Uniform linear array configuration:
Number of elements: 64
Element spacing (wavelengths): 0.75
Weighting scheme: binomial
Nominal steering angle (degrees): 45
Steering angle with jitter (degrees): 43.259
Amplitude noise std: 0.05
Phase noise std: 0.05

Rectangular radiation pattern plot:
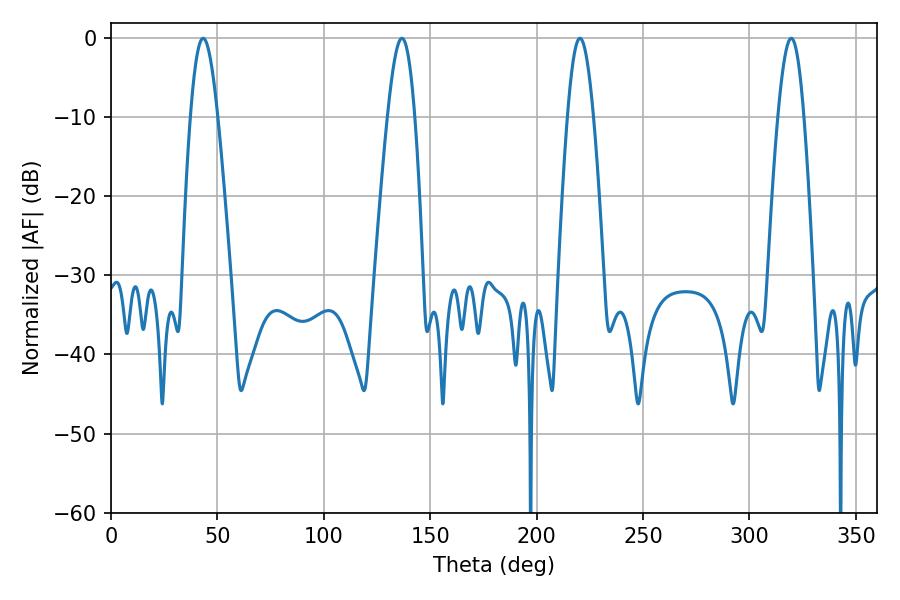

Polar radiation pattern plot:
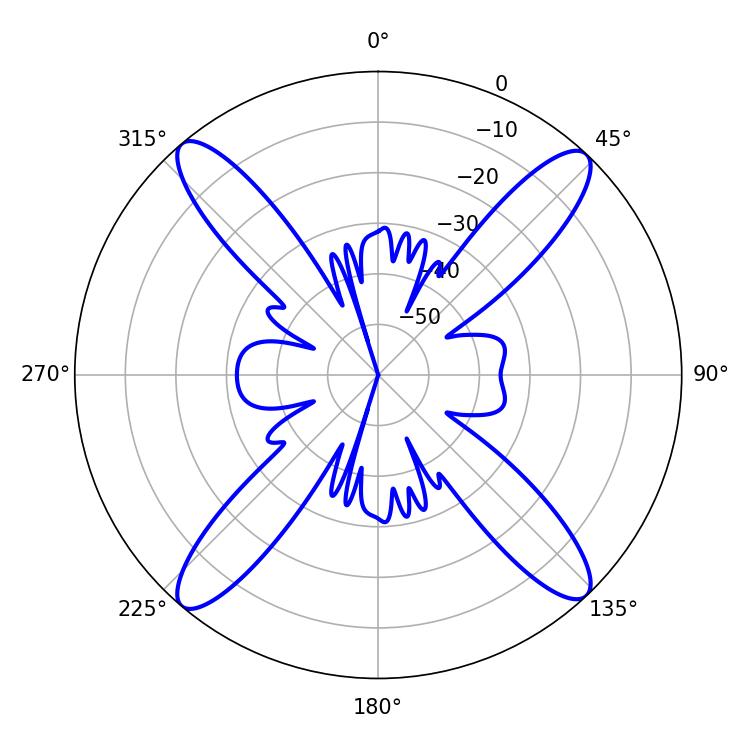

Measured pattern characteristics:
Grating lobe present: TRUE
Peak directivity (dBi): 20.33
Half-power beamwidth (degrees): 6.66
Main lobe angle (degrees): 220.32